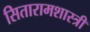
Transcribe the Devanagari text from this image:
सितारामशास्त्री